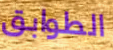
الطوابق